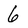
Character: 6